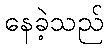
နေခဲ့သည်